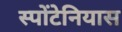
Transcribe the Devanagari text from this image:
स्पोंटेनियास